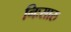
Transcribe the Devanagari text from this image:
निःसारु